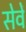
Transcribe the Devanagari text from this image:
सेवें